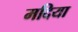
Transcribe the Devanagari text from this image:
मदिया